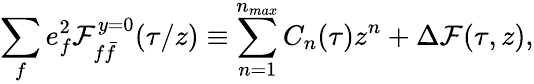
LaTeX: \sum_{f}e_{f}^{2}{\cal F}_{f\bar{f}}^{y=0}(\tau/z)\equiv\sum_{n=1}^{n_{max}}C_{n}(\tau)z^{n}+\Delta{\cal F}(\tau,z),